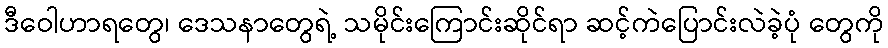
ဒီဝေါဟာရတွေ၊ ဒေသနာတွေရဲ့ သမိုင်းကြောင်းဆိုင်ရာ ဆင့်ကဲပြောင်းလဲခဲ့ပုံ တွေကို